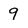
Character: 9